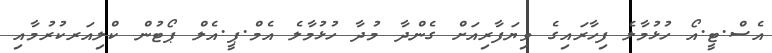
އެސް.ޓީ.އޯ ހުޅުމާލެ ފިހާރައިގެ ވިޔަފާރިއަށް ގެންދާ މުދާ ހުޅުމާލެ އެމް.ޕީ.އެލް ޕޯޓުން ކްލިއަރކުރުމާއި